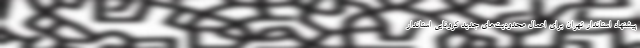
پیشنهاد استاندار تهران برای اعمال محدودیت‌های جدید کرونایی استاندار